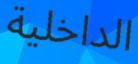
الداخلية